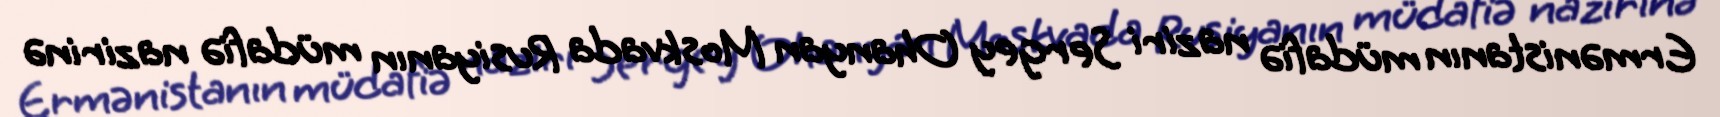
Ermənistanın müdafiə naziri Sergey Ohanyan Moskvada Rusiyanın müdafiə nazirinə